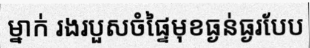
ម្នាក់ រងរបួសចំផ្ទៃមុខធ្ងន់ធ្ងរបែប